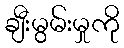
ချီးမွမ်းမှုကို